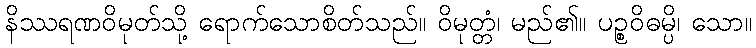
နိဿရဏဝိမုတ်သို့ ရောက်သောစိတ်သည်။ ဝိမုတ္တံ၊ မည်၏။ ပဉ္စဝိဓမ္ပိ၊ သော။